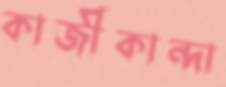
কাজীকান্দা